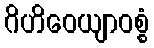
ဂိဟိဝေယျာဝစ္စံ